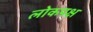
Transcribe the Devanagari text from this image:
लोकपक्ष